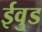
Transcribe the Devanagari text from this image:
ईवुड